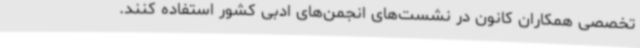
تخصصی همکاران کانون در نشست‌های انجمن‌های ادبی کشور استفاده کنند.